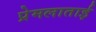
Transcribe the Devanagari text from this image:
प्रेमलाताई